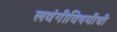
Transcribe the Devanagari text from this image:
लवंगीविषयीची